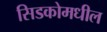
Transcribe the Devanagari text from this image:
सिडकोमधील